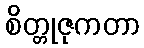
စိတ္တုဇုကတာ